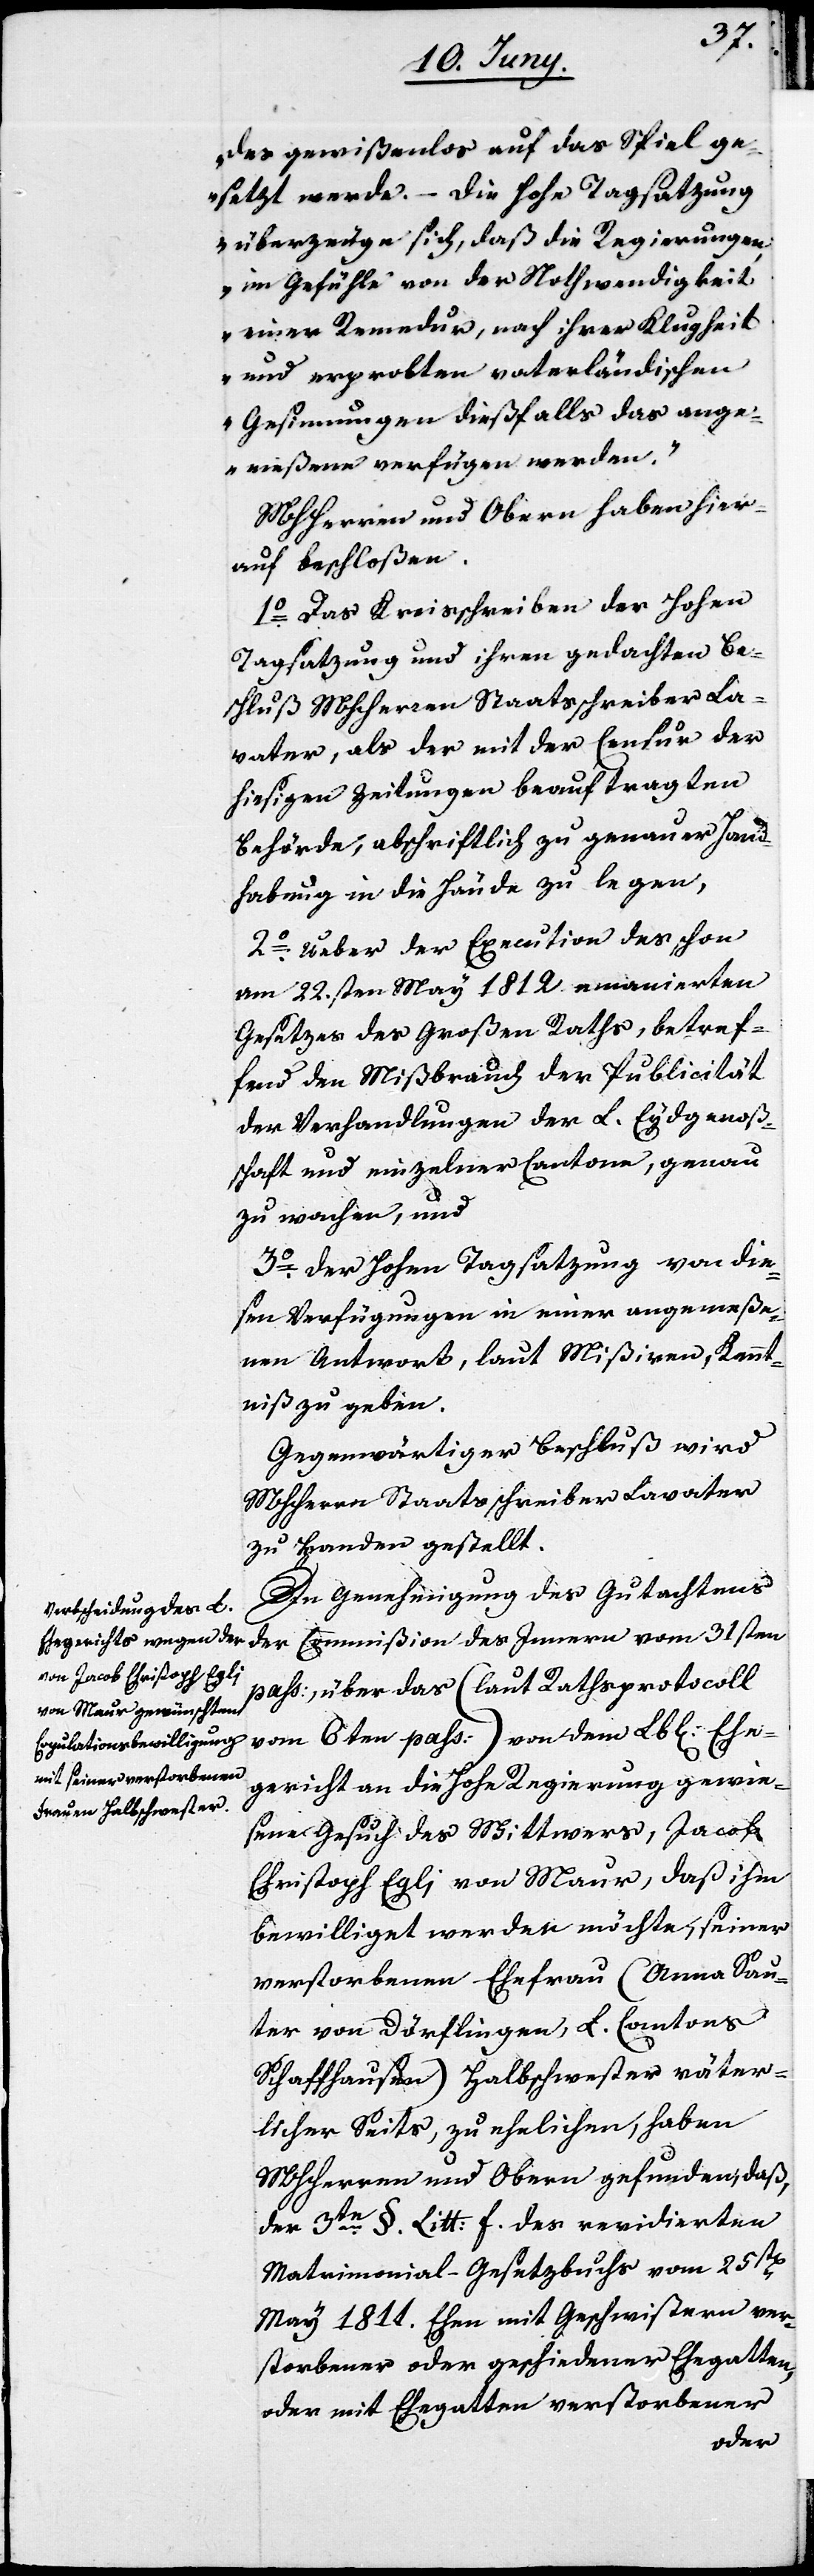
des gewißenlos auf das Spiel ge¬
setzt werde. – Die Hohe Tagsatzung
überzeuge sich, daß die Regierungen
im Gefühle von der Nothwendigkeit
einer Remedur, nach ihrer Klugheit
und erprobten vaterländischen
Gesinnungen dießfalls das ange¬
meßene verfügen werden.“
MHHerren und Obern haben hier¬
auf beschloßen.
1o Das Kreisschreiben der Hohen
Tagsatzung und ihren gedachten Be¬
schluß MHHerren Staatsschreiber La¬
vater, als der mit der Censur der
hiesigen Zeitungen beauftragten
Behörde, abschriftlich zu genauer Hand¬
habung in die Hände zu legen,
2o Ueber der Execution des schon
am 22.sten May 1812. emanierten
Gesetzes des Großen Raths, betref¬
fend den Mißbrauch der Publicität
der Verhandlungen der L. Eydgenoßs¬
chaft und einzelner Cantone, genau
zu wachen, und
3o der Hohen Tagsatzung von die¬
sen Verfügungen in einer angemeße¬
nen Antwort, laut Mißiven, Kennt¬
niß zu geben.
Gegenwärtiger Beschluß wird
MHHerrn Staatschreiber Lavater
zu Handen gestellt.
In Genehmigung des Gutachtens
der Commißion des Innern vom 31sten
pass., über das (laut Rathsprotocoll
vom 6ten pass.) von dem Lb[lichen] Ehe¬
gericht an die Hohe Regierung gewie¬
sene Gesuch des Wittwers, Jacob
Christoph Egli von Maur, daß ihm
bewilliget werden möchte, seiner
verstorbenen Ehefrau (Anna Sau¬
ter von Dörflingen, L. Cantons
Schaffhausen) Halbschwester väter¬
licher Seits, zu ehelichen, haben
MHHerren und Obern gefunden, daß,
der 3te §. Litt. f. des revidierten
Matrimonial-Gesetzbuchs vom 25st[en]
May 1811. Ehen mit Geschwistern ver¬
storbener oder geschiedener Ehegatten,
oder mit Ehegatten verstorbener